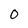
Character: 0